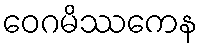
ဝေဂမိဿကေန